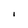
Character: I